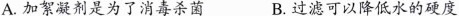
A.加絮凝剂是为了消毒杀菌 B.过滤可以降低水的硬度